Rangoon Lunatic Asylum 1898-1906 - 1898-1906
Year: 1898
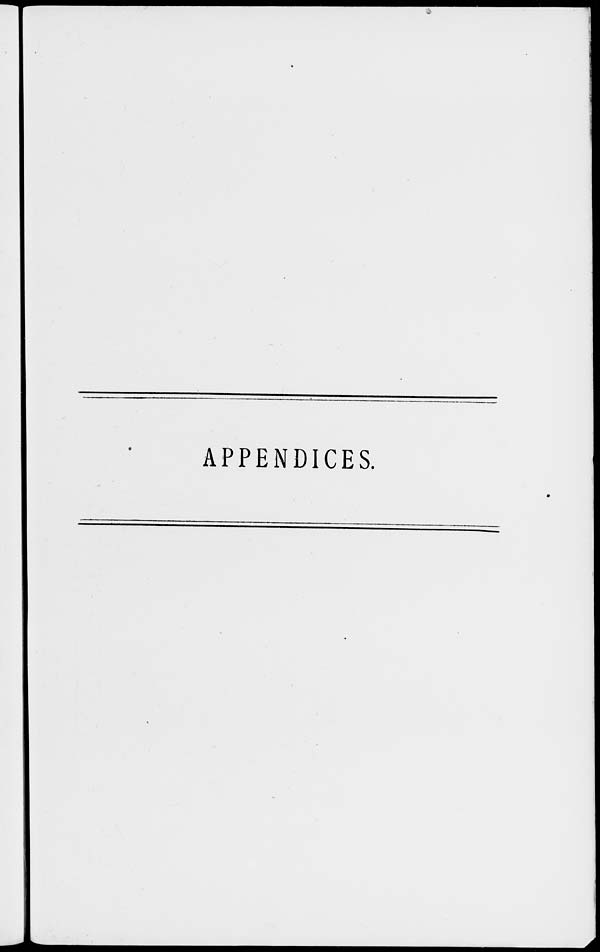
APPENDICES.